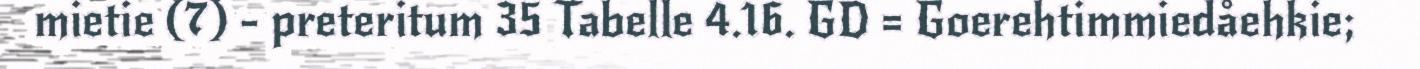
mietie (7) - preteritum 35 Tabelle 4.16. GD = Goerehtimmiedåehkie;